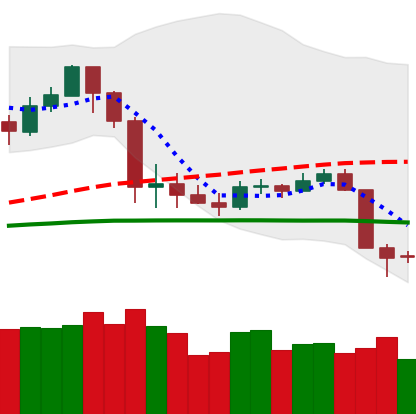
Ticker: LTC-USD
Chart end date: 2020-03-10
Forward return: -27.498%
Label: down_7plus